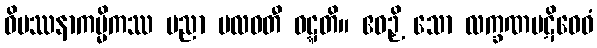
ဝိပဿနာကမ္မိကဿ ပညာ ဗလဝတီ ဝဋ္ဋတိ။ ဧဝဉှိ သော လက္ခဏပဋိဝေဓံ